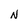
Character: N